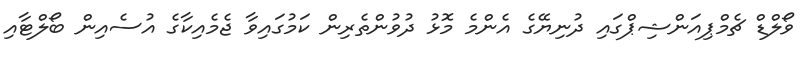
ވޯލްޑް ޗެމްޕިއަންޝިޕްގައި ދުނިޔޭގެ އެންމެ މޮޅު ދުވުންތެރިން ކަމުގައިވާ ޖެމެއިކާގެ އުސެއިން ބޯލްޓާއި